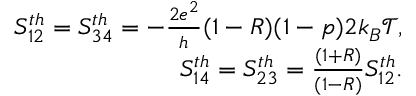
\begin{array} { r } { { S _ { 1 2 } ^ { t h } = S _ { 3 4 } ^ { t h } = - \frac { 2 e ^ { 2 } } { h } ( 1 - R ) ( 1 - p ) 2 k _ { B } \mathcal { T } , } } \\ { { S _ { 1 4 } ^ { t h } = S _ { 2 3 } ^ { t h } = \frac { ( 1 + R ) } { ( 1 - R ) } S _ { 1 2 } ^ { t h } . } } \end{array}